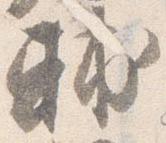
輔